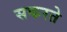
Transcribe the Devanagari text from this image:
सकरते